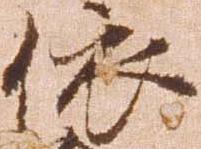
依